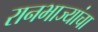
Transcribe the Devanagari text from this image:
रानभाज्यांचा